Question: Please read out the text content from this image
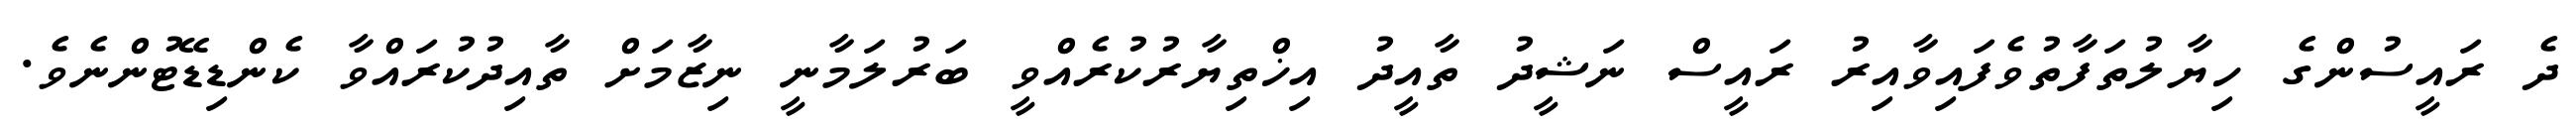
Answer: ދެ ރައީސުންގެ ހިޔާލުތަފާތުވެފައިވާއިރު ރައީސް ނަޝީދު ތާއީދު އިޚްތިޔާރުކުރެއްވީ ބަރުލަމާނީ ނިޒާމަށް ތާއިދުކުރައްވާ ކެންޑިޑޭޓުންނެވެ.